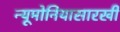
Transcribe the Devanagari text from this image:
न्यूमोनियासारखी